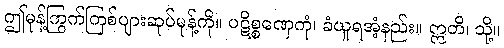
ဤမုန့်ကြွက်ကြစ်ပျားဆုပ်မုန့်ကို။ ပဋိစ္စဏှေကုံ၊ ခံယူရအံ့နည်း။ ဣတိ၊ သို့။